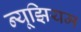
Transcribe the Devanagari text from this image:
न्यूझियम